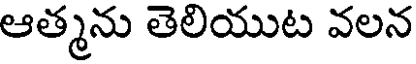
ఆత్మను తెలియుట వలన